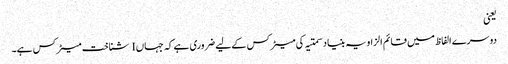
یعنی
دوسرے الفاظ میں قائم الزاویہ بنیاد سمتیہ کی میٹرکس کے لیے ضروری ہے کہ جہاں I شناخت میٹرکس ہے۔